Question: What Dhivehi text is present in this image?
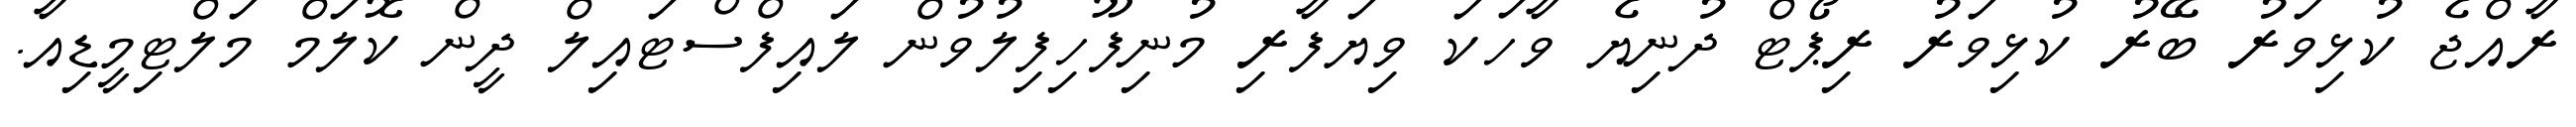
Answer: ރާއްޖެ ކުޅިވަރު ބޭރު ކުޅިވަރު ރިޕޯޓް ދުނިޔެ ވާހަކަ ވިޔަފާރި މުނިފޫހިފިލުވުން ލައިފްސްޓައިލް ދީން ކޮލަމް މަލްޓިމީޑިއާ.